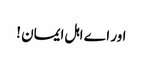
اور اے اہل ایمان !